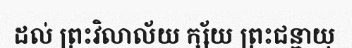
ដល់ ព្រះវិលាល័យ ក្ស័យ ព្រះជន្មាយុ